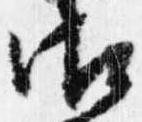
御